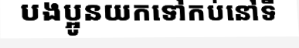
បងប្អូនយកទៅកប់នៅទី